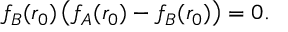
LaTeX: f _ { B } ( r _ { 0 } ) \left( f _ { A } ( r _ { 0 } ) - f _ { B } ( r _ { 0 } ) \right) = 0 .